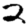
Digit: 2